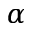
\alpha